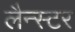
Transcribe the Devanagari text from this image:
लैन्स्टर